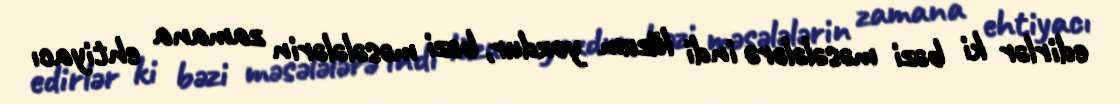
edirlər ki bəzi məsələlərə indi lüzum yoxdur, bəzi məsələlərin zamana ehtiyacı